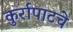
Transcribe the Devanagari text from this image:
कुर्रापाटचे